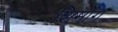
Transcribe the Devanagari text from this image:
शिमोग